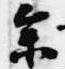
参